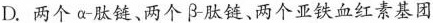
D.两个α肽链、两个β肽链、两个亚铁血红素基团